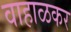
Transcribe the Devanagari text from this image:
वाहाळकर